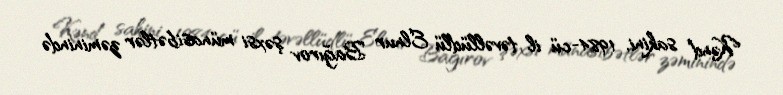
Kənd sakini, 1984-cü il təvəllüdlü Elnur Bağırov şəxsi münasibətlər zəminində